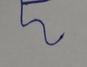
Signature authenticity: forged